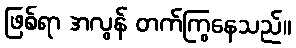
ဖြစ်ရာ အလွန် တက်ကြွနေသည်။